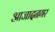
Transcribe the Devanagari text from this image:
आजादनगर